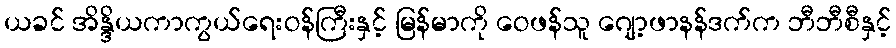
ယခင် အိန္ဒိယကာကွယ်ရေးဝန်ကြီးနှင့် မြန်မာကို ဝေဖန်သူ ဂျော့ဖာနန်ဒက်က ဘီဘီစီနှင့်